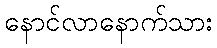
နောင်လာနောက်သား